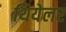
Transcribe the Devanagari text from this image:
थियेलर